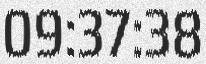
09:37:38